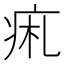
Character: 𤵦